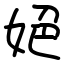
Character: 𡜆